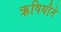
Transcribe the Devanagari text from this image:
ऋषियौने